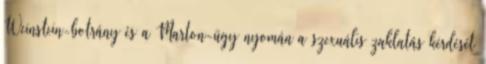
Weinstein-botrány és a Marton-ügy nyomán a szexuális zaklatás kérdését